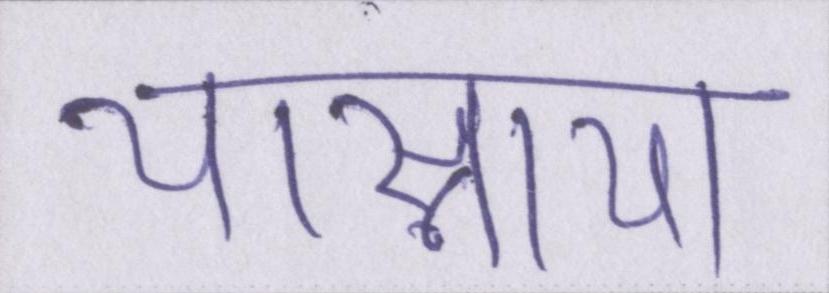
यास्नाया